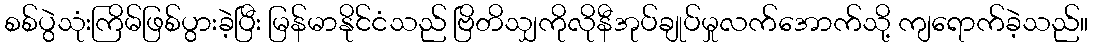
စစ်ပွဲသုံးကြိမ်ဖြစ်ပွားခဲ့ပြီး မြန်မာနိုင်ငံသည် ဗြိတိသျှကိုလိုနီအုပ်ချုပ်မှုလက်အောက်သို့ ကျရောက်ခဲ့သည်။